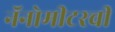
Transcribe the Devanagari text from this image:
नॅनोमीटरची